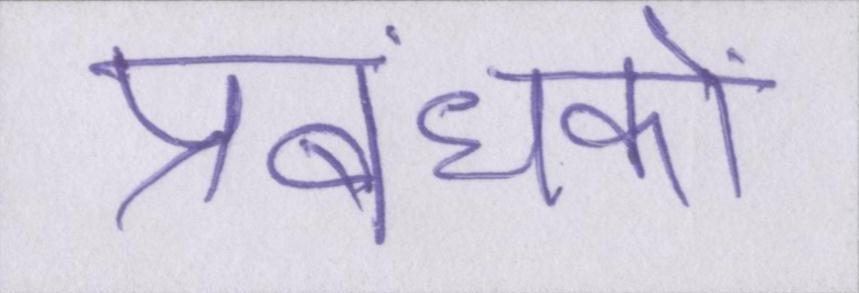
प्रबंधकों